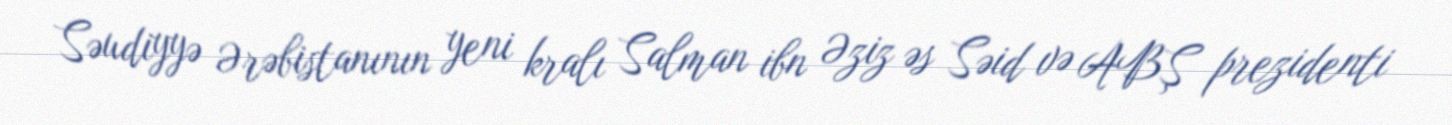
Səudiyyə Ərəbistanının yeni kralı Salman ibn Əziz əs Səid və ABŞ prezidenti